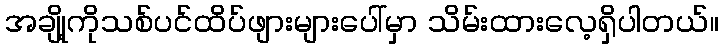
အချို့ကိုသစ်ပင်ထိပ်ဖျားများပေါ်မှာ သိမ်းထားလေ့ရှိပါတယ်။